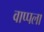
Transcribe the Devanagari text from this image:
वाप्पला